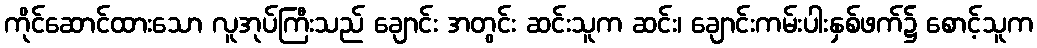
ကိုင်ဆောင်ထားသော လူအုပ်ကြီးသည် ချောင်း အတွင်း ဆင်းသူက ဆင်း၊ ချောင်းကမ်းပါးနှစ်ဖက်၌ စောင့်သူက